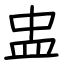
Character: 盅